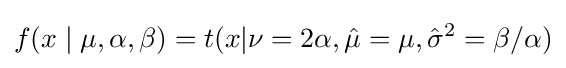
f(x\mid \mu ,\alpha ,\beta )=t(x|\nu =2\alpha ,{\hat {\mu }}=\mu ,{\hat {\sigma }}^{2}=\beta /\alpha )